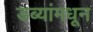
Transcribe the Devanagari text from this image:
डब्यांमधून